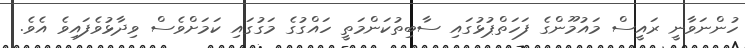
ހުންނަވާނީ ރައީސް މައުމޫންގެ ފަހަތްޕުޅުގައި ސާބިތުކަންމަތީ ހައްގުގެ މަގުގައި ކަމަށްވެސް ވިދާޅުވެފައިވެ އެވެ.